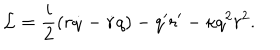
{ \cal L } = \frac { i } { 2 } ( r \dot { q } - \dot { r } q ) - q ^ { \prime } r ^ { \prime } - \kappa q ^ { 2 } r ^ { 2 } .